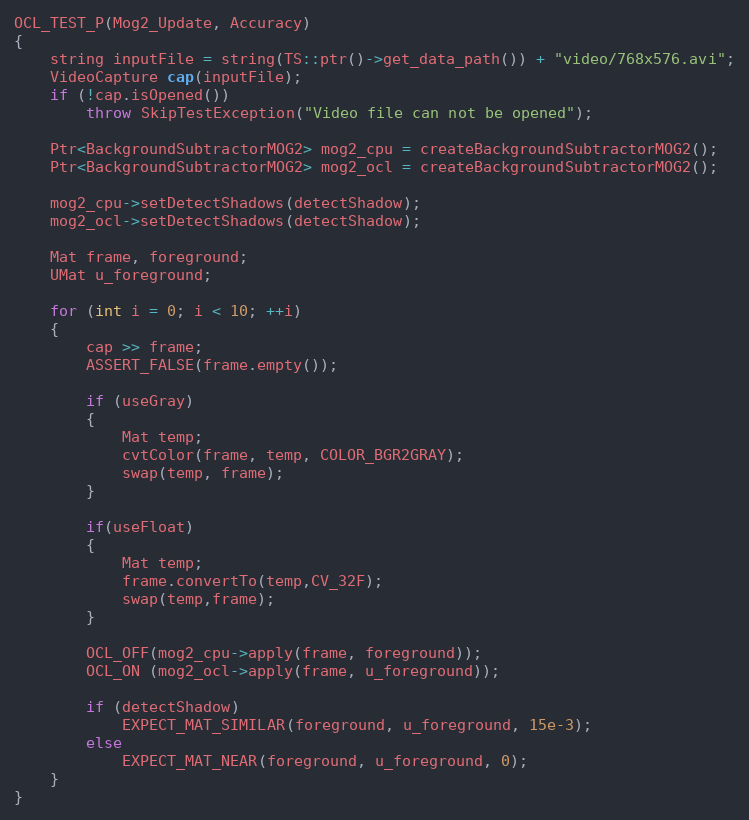
Language: C++
OCL_TEST_P(Mog2_Update, Accuracy)
{
    string inputFile = string(TS::ptr()->get_data_path()) + "video/768x576.avi";
    VideoCapture cap(inputFile);
    if (!cap.isOpened())
        throw SkipTestException("Video file can not be opened");

    Ptr<BackgroundSubtractorMOG2> mog2_cpu = createBackgroundSubtractorMOG2();
    Ptr<BackgroundSubtractorMOG2> mog2_ocl = createBackgroundSubtractorMOG2();

    mog2_cpu->setDetectShadows(detectShadow);
    mog2_ocl->setDetectShadows(detectShadow);

    Mat frame, foreground;
    UMat u_foreground;

    for (int i = 0; i < 10; ++i)
    {
        cap >> frame;
        ASSERT_FALSE(frame.empty());

        if (useGray)
        {
            Mat temp;
            cvtColor(frame, temp, COLOR_BGR2GRAY);
            swap(temp, frame);
        }

        if(useFloat)
        {
            Mat temp;
            frame.convertTo(temp,CV_32F);
            swap(temp,frame);
        }

        OCL_OFF(mog2_cpu->apply(frame, foreground));
        OCL_ON (mog2_ocl->apply(frame, u_foreground));

        if (detectShadow)
            EXPECT_MAT_SIMILAR(foreground, u_foreground, 15e-3);
        else
            EXPECT_MAT_NEAR(foreground, u_foreground, 0);
    }
}